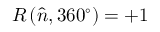
R \left( { \hat { n } } , 3 6 0 ^ { \circ } \right) = + 1